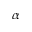
\alpha